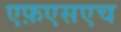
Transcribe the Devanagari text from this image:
एफ़एसएच